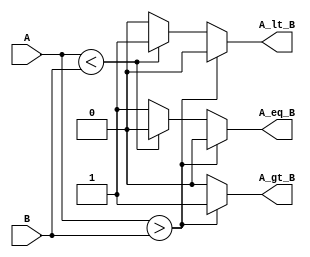
module ParameterizedComparator #(
    parameter WIDTH = 8  // Default width is 8 bits
)(
    input  wire [WIDTH-1:0] A,  // Input A
    input  wire [WIDTH-1:0] B,  // Input B
    output reg  A_gt_B,          // A greater than B
    output reg  A_lt_B,          // A less than B
    output reg  A_eq_B           // A equal to B
);

// Behavioral logic for comparison
always @(*) begin
    // Initialize outputs
    A_gt_B = 1'b0;
    A_lt_B = 1'b0;
    A_eq_B = 1'b0;

    // Compare A and B
    if (A > B) begin
        A_gt_B = 1'b1;
    end else if (A < B) begin
        A_lt_B = 1'b1;
    end else begin
        A_eq_B = 1'b1;
    end
end

endmodule